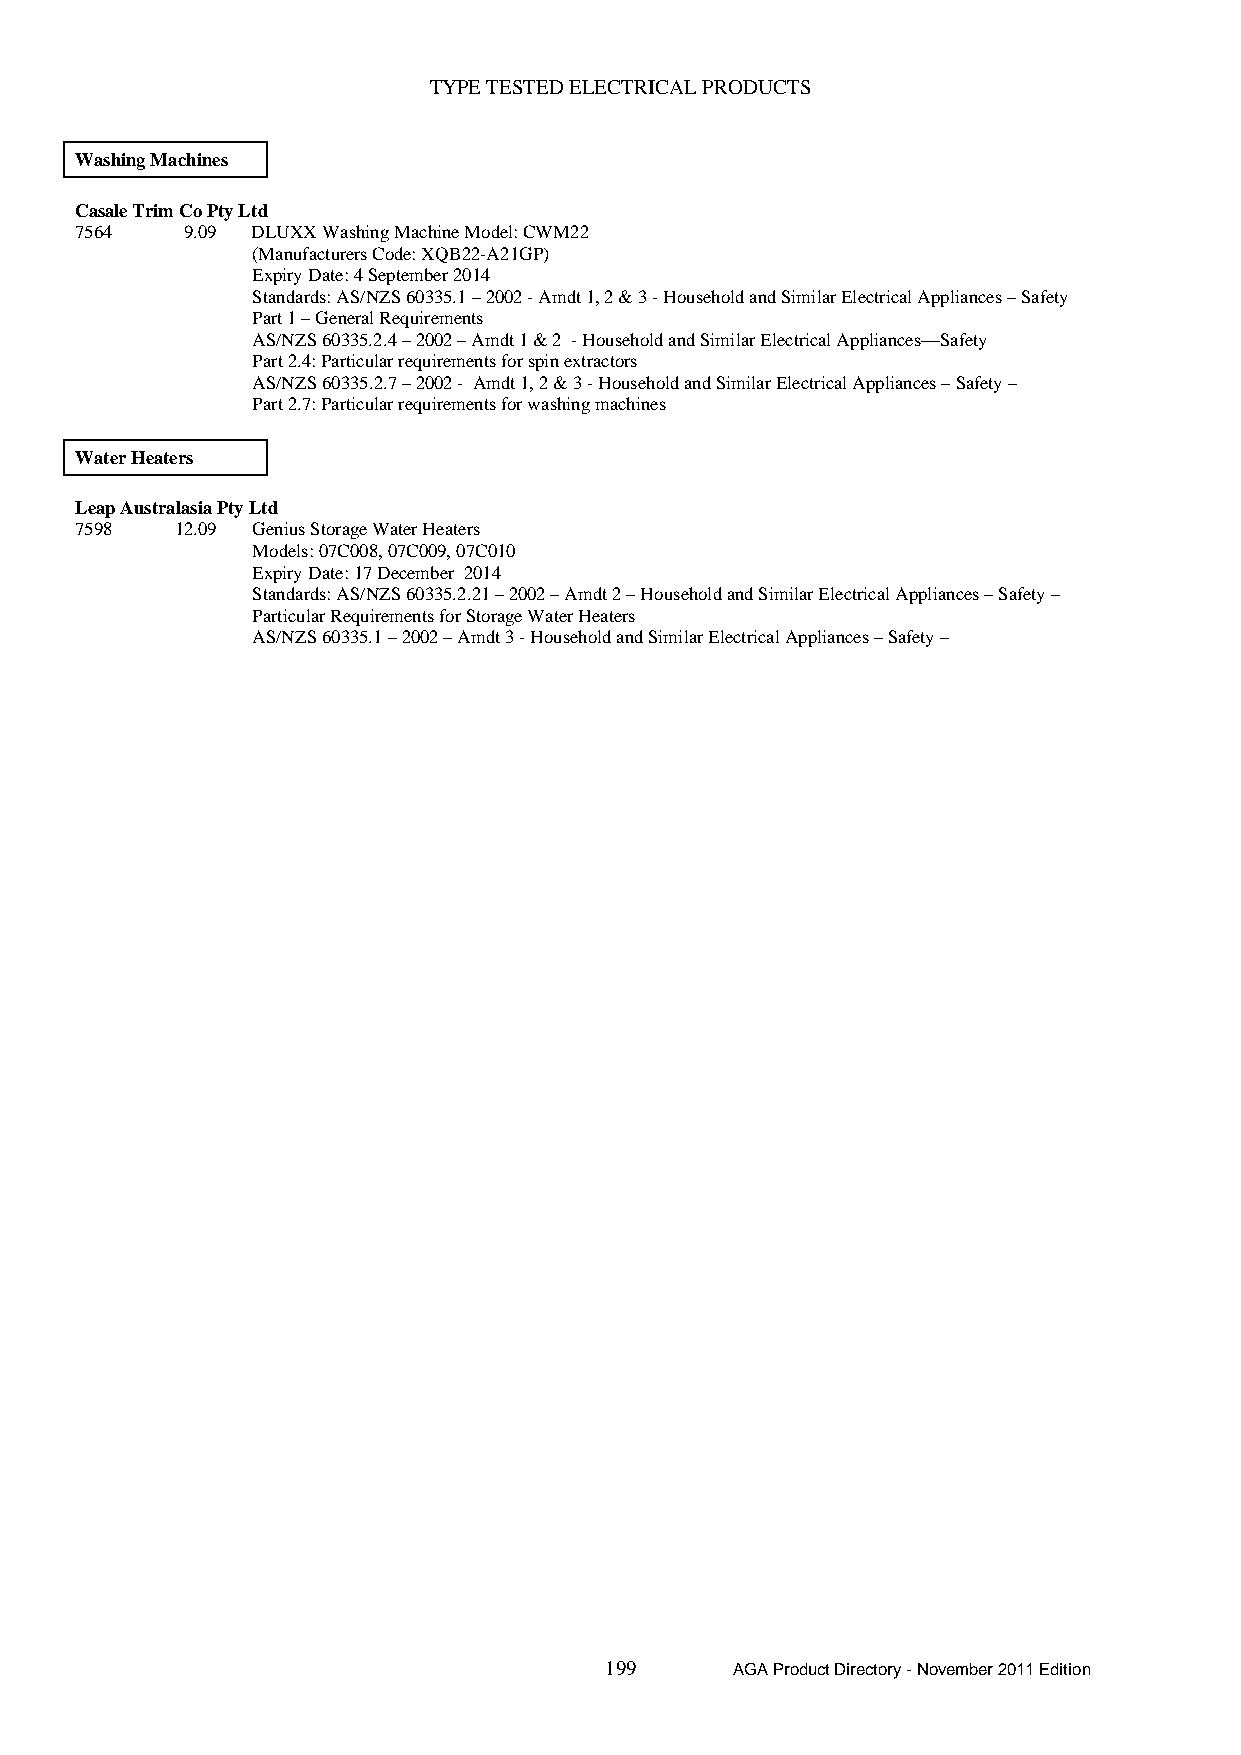
TYPE TESTED ELECTRICAL PRODUCTS
 Washing Machines
 Casale Trim Co Pty Ltd
 7564   9.09 DLUXX Washing Machine Model: CWM22
 (Manufacturers Code: XQB22-A21GP)
 Expiry Date: 4 September 2014
 Standards: AS/NZS 60335.1 – 2002 - Amdt 1, 2 & 3 - Household and Similar Electrical Appliances – Safety
 Part 1 – General Requirements
 AS/NZS 60335.2.4 – 2002 – Amdt 1 & 2 - Household and Similar Electrical Appliances—Safety
 Part 2.4: Particular requirements for spin extractors
 AS/NZS 60335.2.7 – 2002 - Amdt 1, 2 & 3 - Household and Similar Electrical Appliances – Safety –
 Part 2.7: Particular requirements for washing machines
 Water Heaters
 Leap Australasia Pty Ltd
 7598   12.09 Genius Storage Water Heaters
 Models: 07C008, 07C009, 07C010
 Expiry Date: 17 December 2014
 Standards: AS/NZS 60335.2.21 – 2002 – Amdt 2 – Household and Similar Electrical Appliances – Safety –
 Particular Requirements for Storage Water Heaters
 AS/NZS 60335.1 – 2002 – Amdt 3 - Household and Similar Electrical Appliances – Safety –
 199     AGA Product Directory - November 2011 Edition